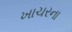
ખાચરના